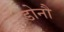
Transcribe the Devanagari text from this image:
डोनौ